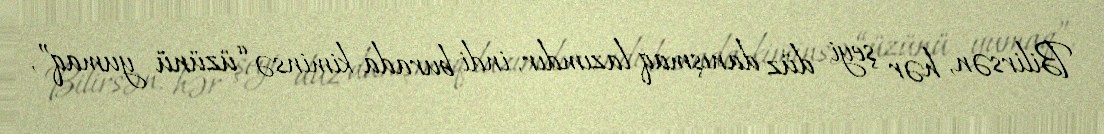
Bilirsən, hər şeyi düz danışmaq lazımdır, indi burada kiminsə “üzünü yumaq”,